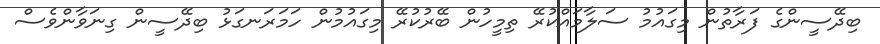
ބިދޭސީންގެ ފަރާތުން މިގައުމު ސަލާމަައްކުރޭ ތިމީހުން ބޭރުކުރޭ މިގައުމުން ހަމަރަނގަޅު ބިދޭސީން ގިނަވާންވެސް